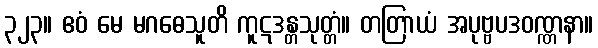
၃၂၃။ ဧဝံ မေ မဂဓေသူတိ ကူဋဒန္တသုတ္တံ။ တတြာယံ အပုဗ္ဗပဒဝဏ္ဏနာ။